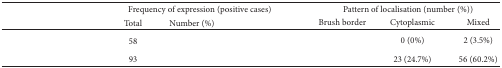
<table><thead><tr><td rowspan="2">[EMPTY_CELL]</td><td colspan="2"><b>Frequency of expression (positive cases)</b></td><td colspan="3"><b>Pattern of localisation (number (%))</b></td></tr><tr><td><b>Total</b></td><td><b>Number (%)</b></td><td><b>Brush border</b></td><td><b>Cytoplasmic</b></td><td><b>Mixed</b></td></tr></thead><tbody><tr><td>[EMPTY_CELL]</td><td>58</td><td>[EMPTY_CELL]</td><td>[EMPTY_CELL]</td><td>0 (0%)</td><td>2 (3.5%)</td></tr><tr><td>[EMPTY_CELL]</td><td>93</td><td>[EMPTY_CELL]</td><td>[EMPTY_CELL]</td><td>23 (24.7%)</td><td>56 (60.2%)</td></tr></tbody></table>